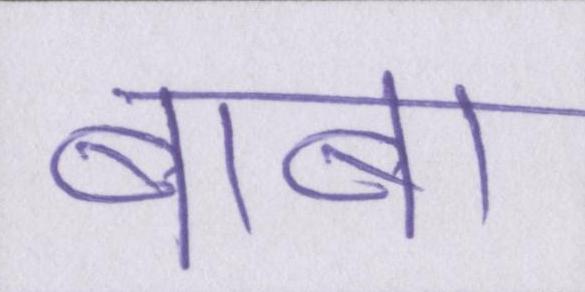
बाबा